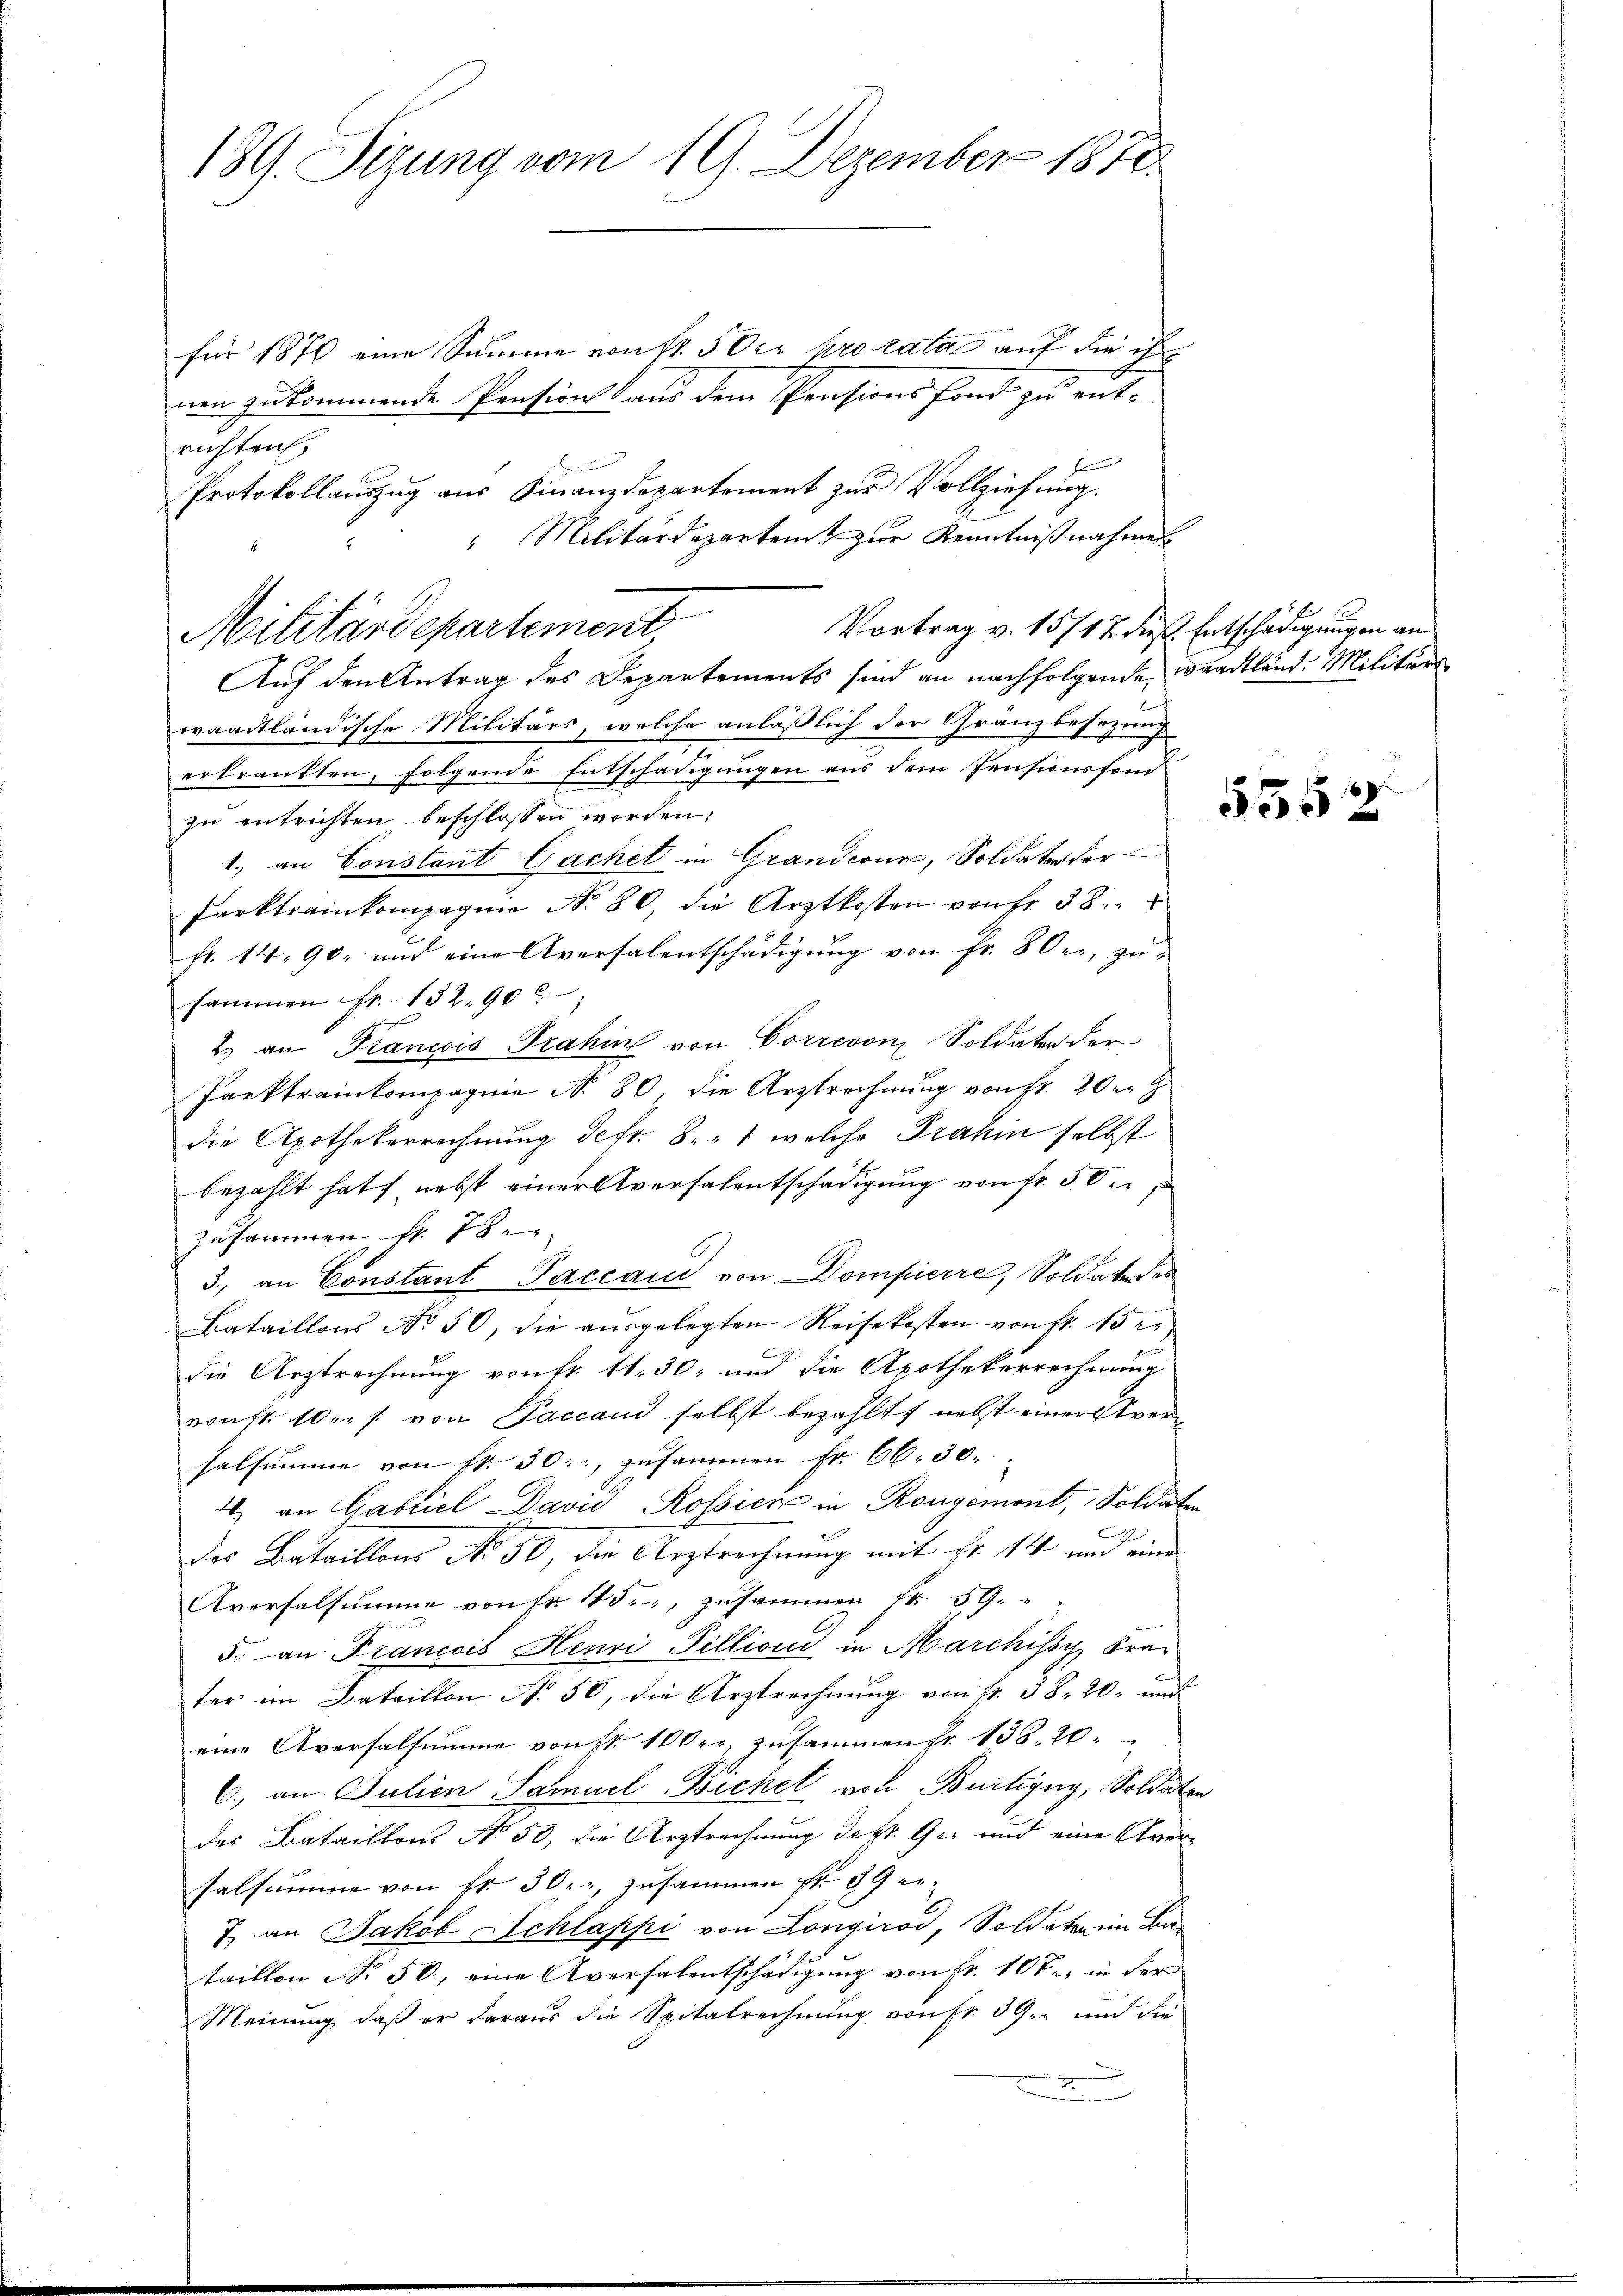
189. Sizung vom 19. Dezember 1870

für 1870 eine Summe von St. 5 der pro rata auf die ihr
nen zukommende Pension aus dem Pensions Fond zu entrichten.
Protokollauszug aus Finanzdepartement zur Vollziehung.
Vortrag v. 15717 dies Entschädigungen an
Auf den Antrag des Departements sind an nachfolgende waadtländ. Militärs
waadtländische Militärs, welche anläßlich der Gränzbesezung
erkrankten, folgende Entschädigungen aus dem Pensionsfond
zu entrichten beschlossen worden:
1., an Constant Gachet in Grandcour, Soldater der
Parktrainkompagnie N. 80, die Arztkosten von Fr. 38.
fr. 14. 90. und eine Aversalentschädigŭng von Fr. 80 er, zu
sammen fr. 132. 90
2. an Francois Trahin von Correvon Soldater der
Parktrainkompagnie N. 80, die Arztrechnung von fr. 20 er
die Apothekerrechnung defr. 8. 1 welche Prahin selbst
bezahlt hat, nebst einer Aversalentschädigung von fr. 50
zusammen fr. 78.
3., an Constant Paccaud von Dompierre, Soldate des
Bataillons No 50, die aŭsgelegten Reisekosten von fr. 15.
die Arztrechnung von Fr. 11. 30, und die Apothekerrechnung
vonst. 10 u. s. von Faccani selbst bezahlt, nebst einerstversalsumme von fr. 30. zusammen Fr. 66. 30.
4. an Gabriel David Rossier in Rongemont, Soldaten
A
des Bataillons No. 50, die Arztrechnung mit Fr. 14 und eine
Aversalsumme von Fr. 450, zusammen Fr. 59.
5. an Franccis Henri Pillioni in Marchissy Fran
fer im Bataillon No. 50, die Arztrechnung von 4. 38. 20. und
eine Aversalsumme von Fr. 100 r. zusammen Fr. 138. 20.
C., an Julien Samuel Bichel von Burtigny, Soldaten
des Bataillons No 50, die Arztrechnung des Ge- und eine Aversalsumme von Fr. 30, zusammen Fr. 89 er-
7. an Jakob Schlappi von Longirod, Soldaten im Bataillon No. 50, eine Aversalentschädigung von Fr. 10 Fr. in der
Meinŭng, daβ er daraŭs die Spitalrechnŭng von Fr. 39. und die
d
2

" Militärdepartent zur Kenntnißnahmet
Militärdepartement

5552